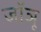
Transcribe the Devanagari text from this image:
जॉञू